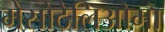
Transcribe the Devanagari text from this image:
मेसोठेलिओमा